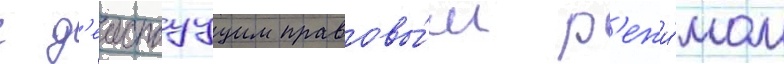
с д'еиствуущим правовы́м р'ежи́мом